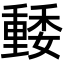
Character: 𡣢